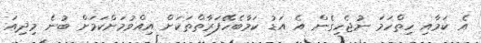
އެ ކަމާއި ހިތްހަމަ ނުޖެހިގެން އެ އަޑު ކަމާބެހޭފަރާތްތަކަށް އިއްވުމަށްކަމަށް ބުނެ މިދިއަ